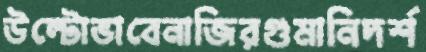
উল্টোভাবেনাজিরগুমানিদর্শ